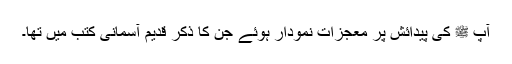
آپ ﷺ کی پیدائش پر معجزات نمودار ہوئے جن کا ذکر قدیم آسمانی کتب میں تھا۔